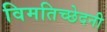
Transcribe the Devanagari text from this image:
विमतिच्छेदनी